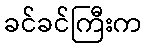
ခင်ခင်ကြီးက